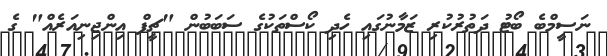
ނަސީމްބެ ބޯޓު ދަތުރުކުރި ޒަމާނުގައި ހެދި ކޯސްތަކުގެ ސަބަބުން "ޗީފް އިންޖިނިއަރެއް" ގެ